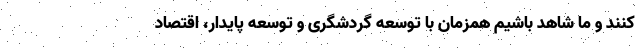
کنند و ما شاهد باشیم همزمان با توسعه گردشگری و توسعه پایدار، اقتصاد